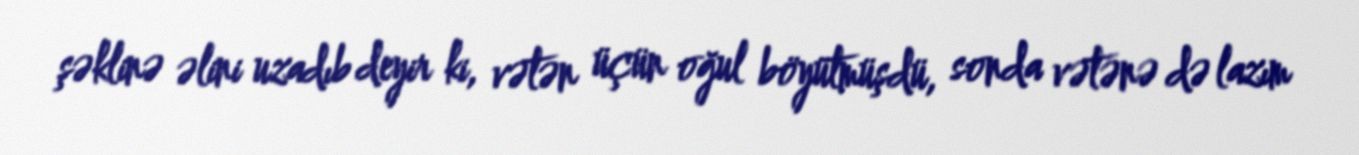
şəklinə əlini uzadıb deyir ki, vətən üçün oğul böyütmüşdü, sonda vətənə də lazım